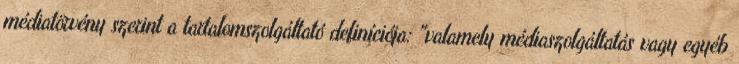
médiatörvény szerint a tartalomszolgáltató definíciója: "valamely médiaszolgáltatás vagy egyéb